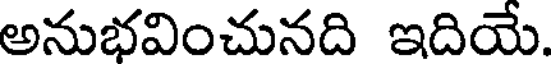
అనుభవించునది ఇదియే.